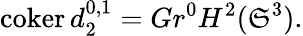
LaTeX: \operatorname{coker}d_{2}^{0,1}=Gr^{0}H^{2}(\mathfrak{S}^{3}).